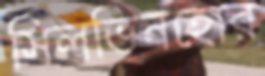
সিলভিনহোর